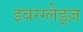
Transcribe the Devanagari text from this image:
इवरग्लेड्ज़